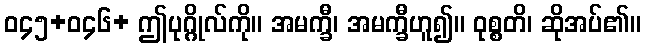
ဝ၄၅+ဝ၄၆+ ဤပုဂ္ဂိုလ်ကို။ အမက္ခီ၊ အမက္ခီဟူ၍။ ဝုစ္စတိ၊ ဆိုအပ်၏။